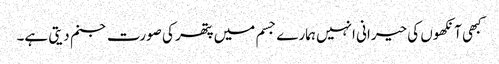
کبھی آنکھوں کی حیرانی انہیں ہمارے جسم میں پتھر کی صورت جنم دیتی ہے۔